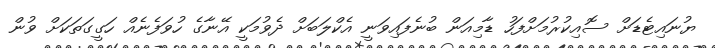
ޔުނައިޓެޑަށް ސޮއިކުރުމަށްފަހު ޑާމިއަން ބުނެފައިވަނީ އެކްލަބަށް ދެވުމަކީ އޭނާގެ ހުވަފެނެއް ހަގީގަތަކަށް ވުން